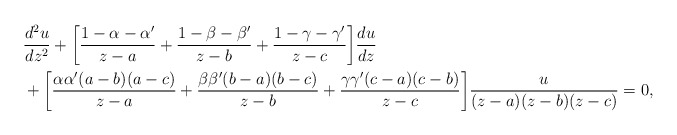
\begin{align*}&\frac{d^2u}{dz^2}+\bigg[\frac{1-\alpha-\alpha'}{z-a}+\frac{1-\beta-\beta'}{z-b} + \frac{1-\gamma-\gamma'}{z-c}\bigg]\frac{du}{dz}\\& + \bigg[\frac{\alpha\alpha'(a-b)(a-c)}{z-a}+\frac{\beta\beta'(b-a)(b-c)}{z-b}+\frac{\gamma\gamma'(c-a)(c-b)}{z-c}\bigg]\frac{u}{(z-a)(z-b)(z-c)}=0,\end{align*}